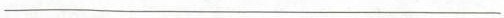
___